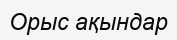
Орыс ақындар